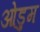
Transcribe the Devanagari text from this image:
ओडुम